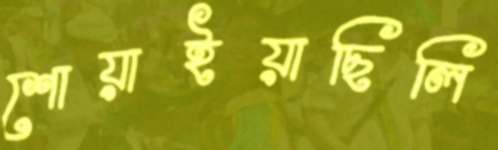
শোয়াইয়াছিলি